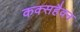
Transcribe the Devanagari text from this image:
कक्सहैवन